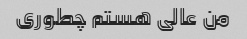
من عالی هستم چطوری